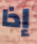
إذا